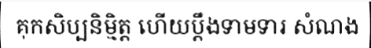
គុកសិប្បនិម្មិត្ត ហើយប្តឹងទាមទារ សំណង